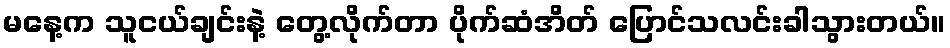
မနေ့က သူငယ်ချင်းနဲ့ တွေ့လိုက်တာ ပိုက်ဆံအိတ် ပြောင်သလင်းခါသွားတယ်။